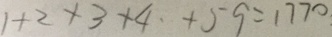
1 + 2 + 3 + 4 \cdot + 5 9 = 1 7 7 0